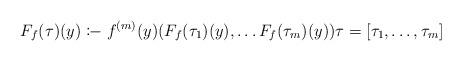
LaTeX: \begin{align*} F_f(\tau)(y) \coloneq f^{(m)} (y) (F_f (\tau_1)(y), \ldots F_f (\tau_m)(y)) \tau = [\tau_1, \ldots , \tau_m] \end{align*}